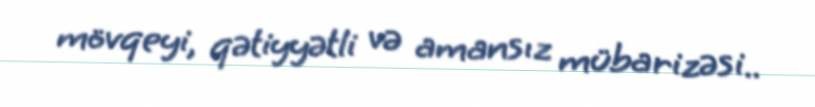
mövqeyi, qətiyyətli və amansız mübarizəsi..